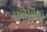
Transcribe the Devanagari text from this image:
फ्लेविओ